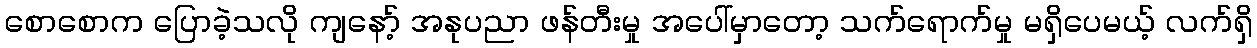
စောစောက ပြောခဲ့သလို ကျနော့် အနုပညာ ဖန်တီးမှု အပေါ်မှာတော့ သက်ရောက်မှု မရှိပေမယ့် လက်ရှိ